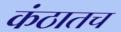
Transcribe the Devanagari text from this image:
कंठातच